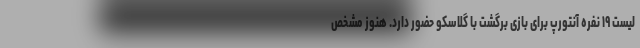
لیست ۱۹ نفره آنتورپ برای بازی برگشت با گلاسکو حضور دارد. هنوز مشخص